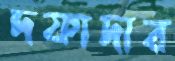
দফাদার